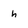
Character: h